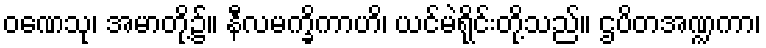
ဝဏေသု၊ အမာတို့၌။ နီလမက္ခိကာဟိ၊ ယင်မဲရိုင်းတို့သည်။ ဌပိတအဏ္ဍကာ၊